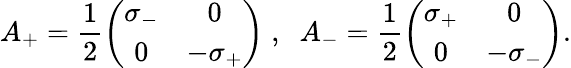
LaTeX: A_{+}=\frac{1}{2}\left(\begin{array}{cc}{{\sigma_{-}}}&{{0}}\\ {{0}}&{{-\sigma_{+}}}\end{array}\right)\; ,\; \; A_{-}=\frac{1}{2}\left(\begin{array}{cc}{{\sigma_{+}}}&{{0}}\\ {{0}}&{{-\sigma_{-}}}\end{array}\right).